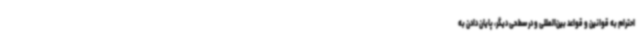
احترام به قوانین و قواعد بین‌المللی و در سطحی دیگر، پایان دادن به